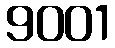
9001